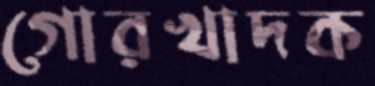
গোরখাদক